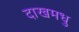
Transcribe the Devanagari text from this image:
दाखमधु